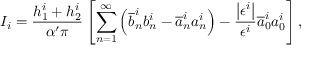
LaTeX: I _ { i } = \frac { h _ { 1 } ^ { i } + h _ { 2 } ^ { i } } { \alpha ^ { \prime } \pi } \left[ \sum _ { n = 1 } ^ { \infty } \left( \overline { { { b } } } _ { n } ^ { i } b _ { n } ^ { i } - \overline { { { a } } } _ { n } ^ { i } a _ { n } ^ { i } \right) - \frac { \left| \epsilon ^ { i } \right| } { \epsilon ^ { i } } \overline { { { a } } } _ { 0 } ^ { i } a _ { 0 } ^ { i } \right] ,